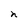
Character: n